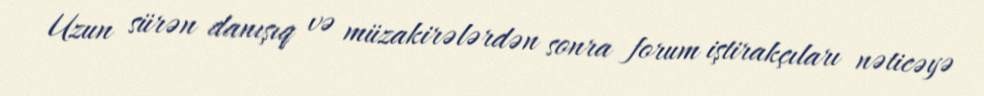
Uzun sürən danışıq və müzakirələrdən sonra forum iştirakçıları nəticəyə